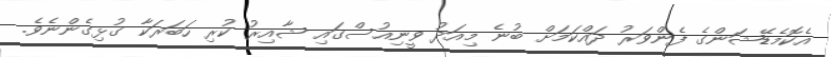
އެކޮމެޑޭޝަންގެ ފެންވަރު ދައްކަމަށް ބުނެ މިއަދު ވީނިއުސްގައި ޝާއިރު ކުރި ހަބަރަކާ ގުޅިގެންނެވެ.